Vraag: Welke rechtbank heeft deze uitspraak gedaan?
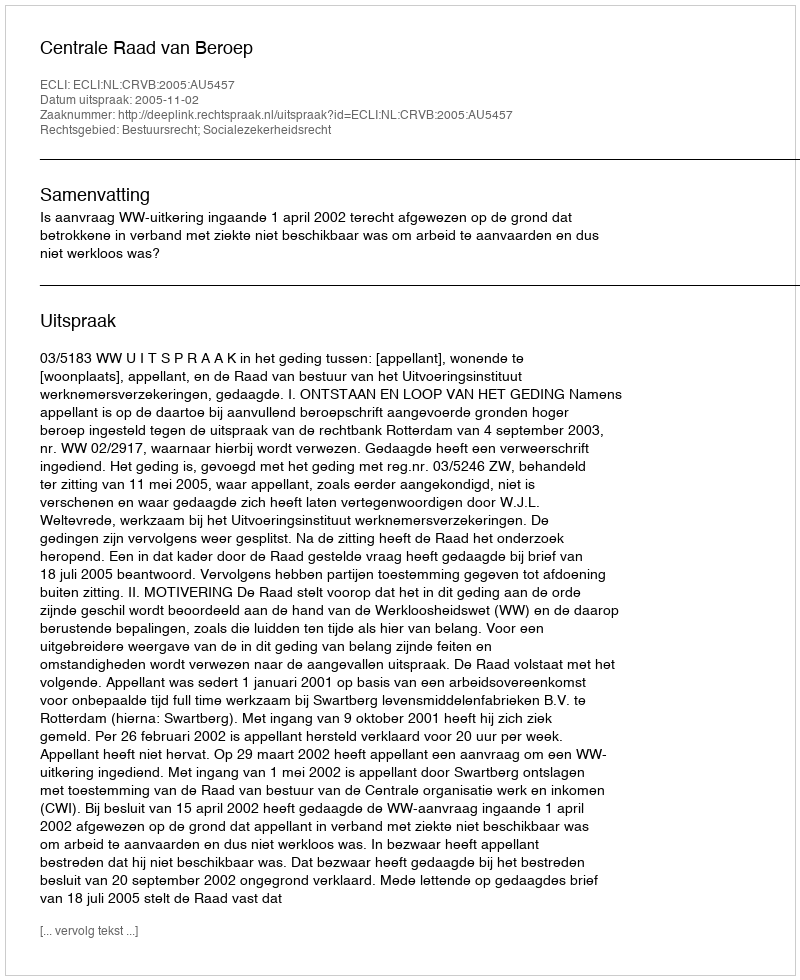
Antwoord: Centrale Raad van Beroep